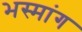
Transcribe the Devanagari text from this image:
भस्मांग